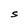
Character: S